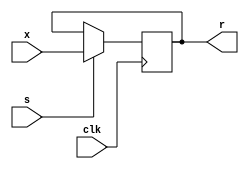
module test1
(
  input x,
  input s,
  input clk,
  output reg r
);
  always @(posedge clk)
  if(s) r <= x ;


endmodule